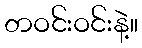
တဝင်းဝင်းနဲ့။